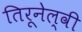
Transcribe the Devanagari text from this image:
तिरूनेल्वी